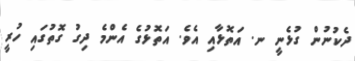
ދެކުނުން ގުޅެނީ ނ. އަތޮޅާއި އެވެ. އަތޮޅުގެ އެންމެ ދިގު ގޮތުގައި ހުރީ